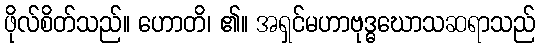
ဖိုလ်စိတ်သည်။ ဟောတိ၊ ၏။ အရှင်မဟာဗုဒ္ဓဃောသဆရာသည်